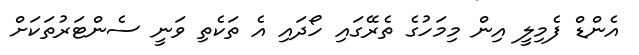
އެންޑް ފެމިލީ އިން މިމަހުގެ ތެރޭގައި ހޯދައި އެ ތަކެތި ވަނީ ސެންޓަރުތަކަށް